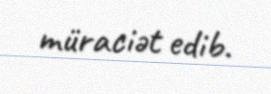
müraciət edib.